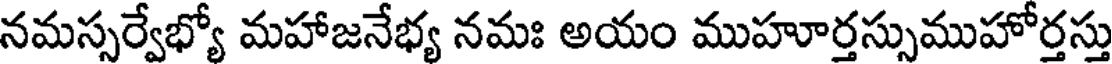
నమస్సర్వేభ్యో మహాజనేభ్య నమః అయం ముహూర్తస్సుముహోర్తస్తు